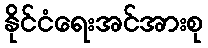
နိုင်ငံရေးအင်အားစု